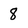
Character: 8